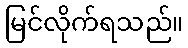
မြင်လိုက်ရသည်။